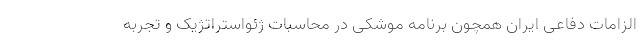
الزامات دفاعی ایران همچون برنامه موشکی در محاسبات ژئواستراتژیک و تجربه